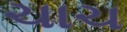
ચાચ